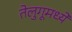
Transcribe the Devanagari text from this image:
तेलुगूमध्ये